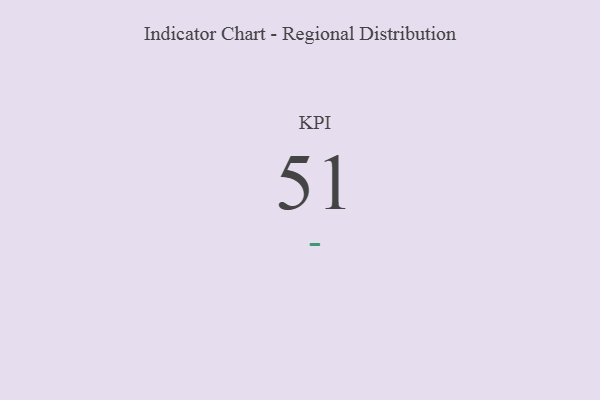
{"axis": {"x": "KPI", "y": "Value"}, "legend": [""], "data": [{"x": "KPI", "y": 51, "type": ""}]}